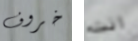
خروف انت